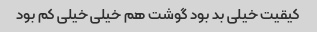
کیقیت خیلی بد بود گوشت هم خیلی خیلی کم بود